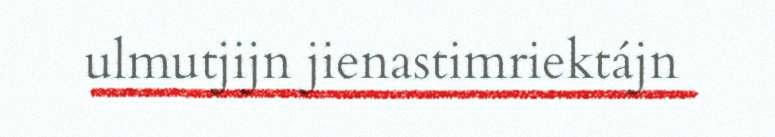
ulmutjijn jienastimriektájn